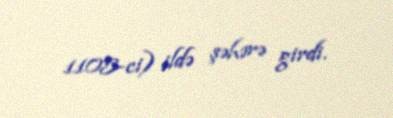
1105-ci) ildə şəhərə girdi.